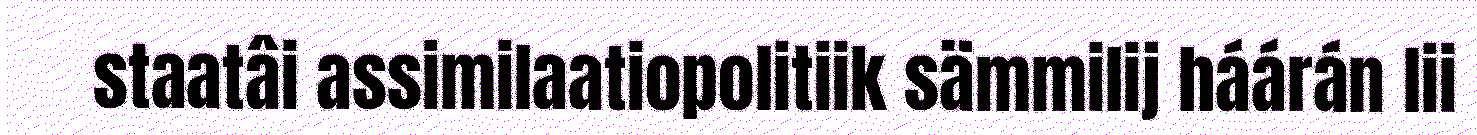
staatâi assimilaatiopolitiik sämmilij háárán lii